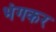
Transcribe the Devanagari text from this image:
भंगकर